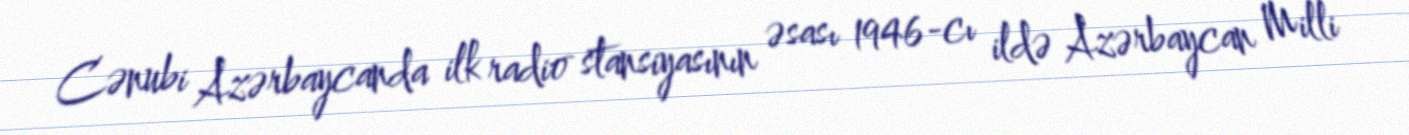
Cənubi Azərbaycanda ilk radio stansiyasının əsası 1946-cı ildə Azərbaycan Milli